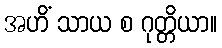
အဟိံ သာယ စ ဂုတ္တိယာ။